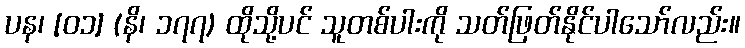
ပန၊ [၀၁] (နိ၊ ၁၇၇) ထိုသို့ပင် သူတစ်ပါးကို သတ်ဖြတ်နိုင်ပါသော်လည်း။